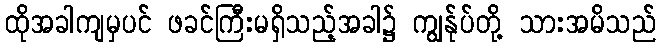
ထိုအခါကျမှပင် ဖခင်ကြီးမရှိသည့်အခါ၌ ကျွန်ုပ်တို့ သားအမိသည်